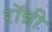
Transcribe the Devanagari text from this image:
राॅन्नी